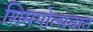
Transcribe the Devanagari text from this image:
शिमगोत्सवात